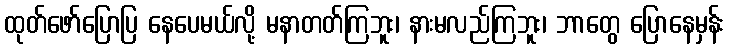
ထုတ်ဖော်ပြောပြ နေပေမယ်လို့ မနာတတ်ကြဘူး၊ နားမလည်ကြဘူး၊ ဘာတွေ ပြောနေမှန်း